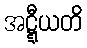
အဋ္ဋီယတိ